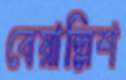
বেয়াল্লিশ